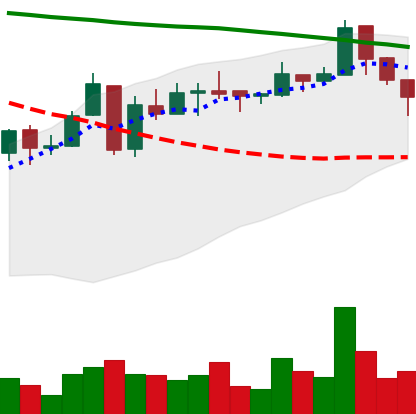
Ticker: ETC-USD
Chart end date: 2018-05-09
Forward return: -12.61%
Label: down_7plus